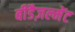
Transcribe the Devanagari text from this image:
बीडैज़ल्मेंट